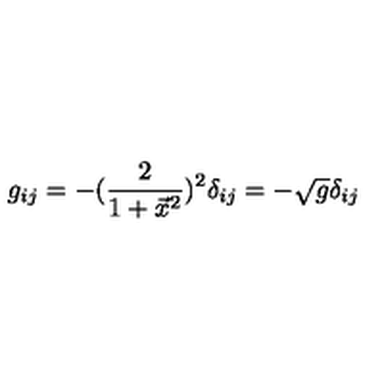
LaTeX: g _ { i j } = - ( { \frac { 2 } { 1 + \vec { x } ^ { 2 } } } ) ^ { 2 } \delta _ { i j } = - \sqrt g \delta _ { i j }